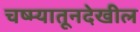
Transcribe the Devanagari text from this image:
चष्म्यातूनदेखील